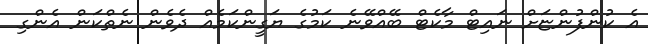
އެ ކުންފުންޏަށް ނައިޓް މާކެޓް ބޭއްވޭނެ ކަމުގެ ޔަގީންކަމެއް ދެވެން ނެތްކަން އެންގި